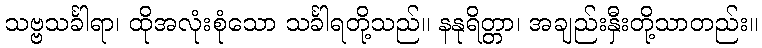
သဗ္ဗသင်္ခါရာ၊ ထိုအလုံးစုံသော သင်္ခါရတို့သည်။ နနုရိတ္တာ၊ အချည်းနှီးတို့သာတည်း။